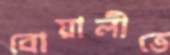
বোয়ালীতে